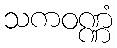
သကဝဏ္ဏံ